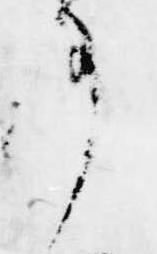
事